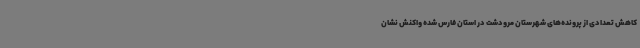
کاهش تعدادی از پرونده‌های شهرستان مرودشت در استان فارس شده واکنش نشان